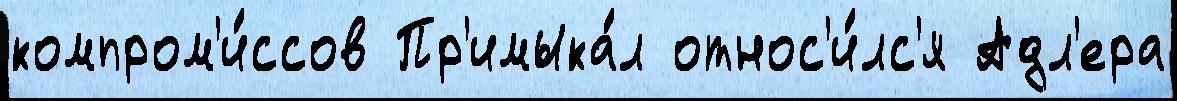
компром'и́ссов Пр'имыка́л относ'и́лс'я Адл'ера